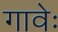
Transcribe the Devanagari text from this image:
गावेः